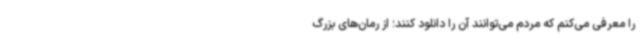
را معرفی می‌کنم که مردم می‌توانند آن را دانلود کنند؛ از رمان‌های بزرگ